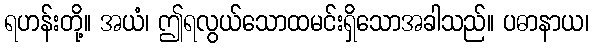
ရဟန်းတို့။ အယံ၊ ဤရလွယ်သောထမင်းရှိသောအခါသည်။ ပဓာနာယ၊